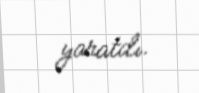
yaratdı.